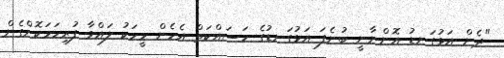
"ދެން އަޅުގަނޑު އޮންނާނީ ބުނެފަ އަޅުގަނޑުގެ މަސައްކަތް އެހެން މީހަކު ލައްވާ ފުރިހަމަކޮށްގެން